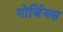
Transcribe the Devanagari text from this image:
गोर्जियस